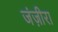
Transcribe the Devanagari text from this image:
जंज़ीरा